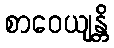
စာဝေယျန္တိ